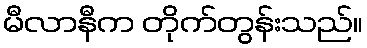
မီလာနီက တိုက်တွန်းသည်။